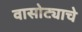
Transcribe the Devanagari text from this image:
वासोट्याचे